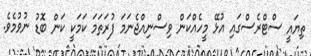
ތިޔައީ ސްޓްރެސްގައި އުޅޭ މީހެއްކަން ވިސްނިއްޖެނަމަ ފުރަތަމަ ކަމަކީ ކަން ބޮޑު ނުވުމެވެ.